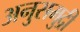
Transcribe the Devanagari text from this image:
अनुसमुद्री